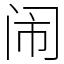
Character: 闹